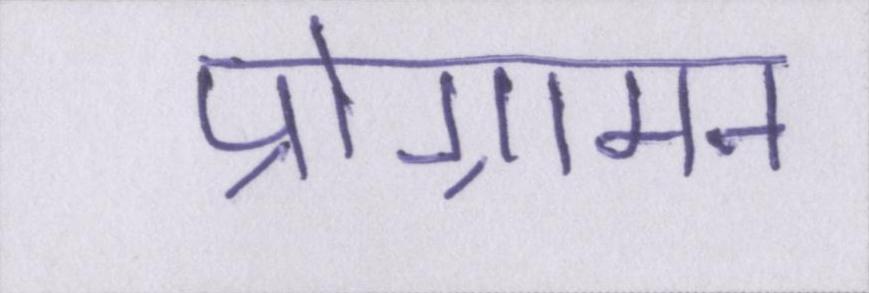
प्रोग्रामन